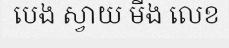
បេង ស្វាយ មីង លេខ